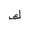
Letter: _kaf